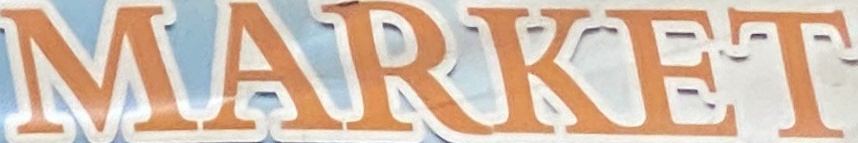
MARKET